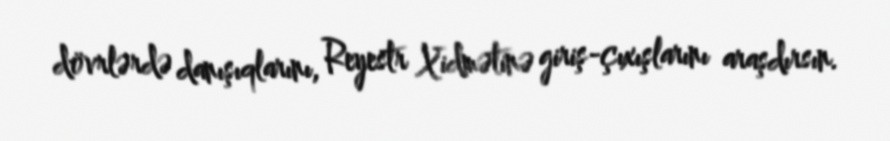
dövrlərdə danışıqlarını, Reyestr Xidmətinə giriş-çıxışlarını araşdırsın.